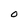
Character: 0